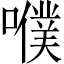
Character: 𡂈